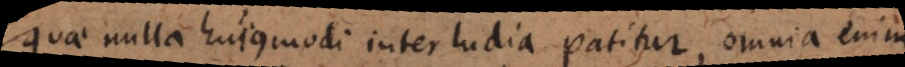
quae nulla hujusmodi interludia patitur, omnia enim